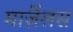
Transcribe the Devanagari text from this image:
मार्ज़ेलस